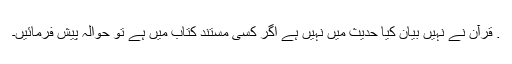
. قرآن نے نہیں بیان کیا حدیث میں نہیں ہے اگر کسی مستند کتاب میں ہے تو حوالہ پیش فرمائیں۔